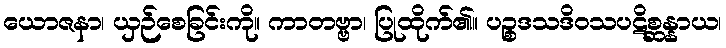
ယောဇနာ၊ ယှဉ်စေခြင်းကို။ ကာတဗ္ဗာ၊ ပြုထိုက်၏။ ပဉ္စဒသဒိဝသပဋိစ္ဆန္နာယ၊